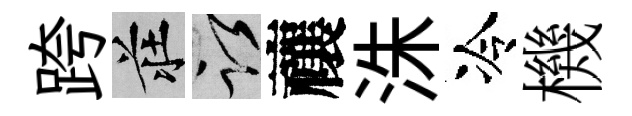
跨莊謹禳洙冷機